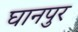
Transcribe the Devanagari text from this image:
घानपुर